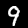
Label: 9